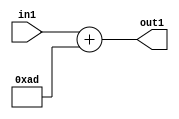
`timescale 1ps / 1ps
/*****************************************************************************
    Verilog RTL Description
    
    
    Created by: Stratus DpOpt 2019.1.01 
*******************************************************************************/

module DC_Filter_Add_12U_288_1 (
	in1,
	out1
	); /* architecture "behavioural" */ 
input [11:0] in1;
output [11:0] out1;
wire [11:0] asc001;

assign asc001 = 
	+(in1)
	+(12'B000010101101);

assign out1 = asc001;
endmodule

/* CADENCE  urnzSQ0= : u9/ySgnWtBlWxVPRXgAZ4Og= ** DO NOT EDIT THIS LINE ******/